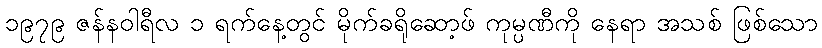
၁၉၇၉ ဇန်နဝါရီလ ၁ ရက်နေ့တွင် မိုက်ခရိုဆော့ဖ် ကုမ္ပဏီကို နေရာ အသစ် ဖြစ်သော